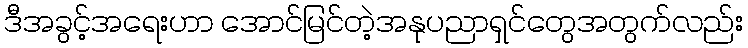
ဒီအခွင့်အရေးဟာ အောင်မြင်တဲ့အနုပညာရှင်တွေအတွက်လည်း